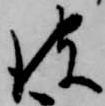
彼